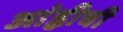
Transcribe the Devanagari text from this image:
आंह्वीची